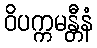
ဝိပက္ကမန္တီနံ